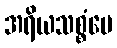
အရိယသစ္စံပေ